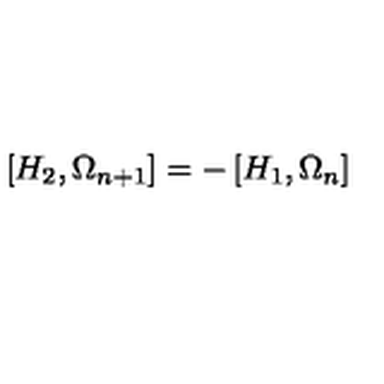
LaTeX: \left[ H _ { 2 } , \Omega _ { n + 1 } \right] = - \left[ H _ { 1 } , \Omega _ { n } \right]